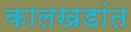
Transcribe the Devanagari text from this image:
कालखडांत